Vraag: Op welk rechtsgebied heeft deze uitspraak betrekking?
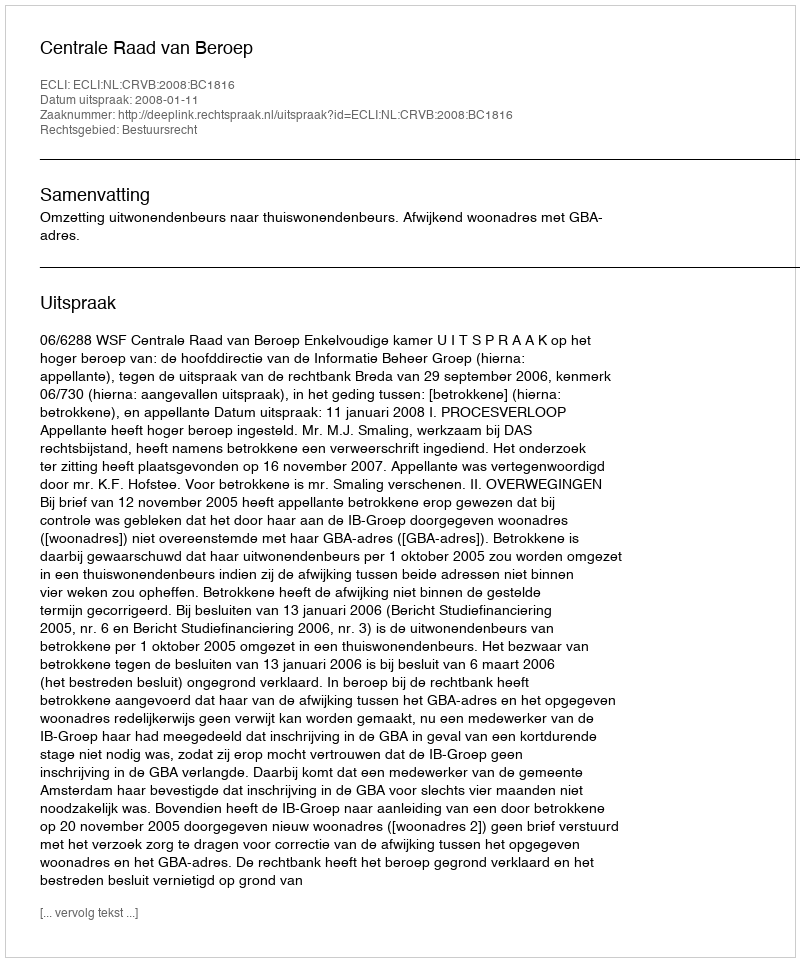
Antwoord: Bestuursrecht